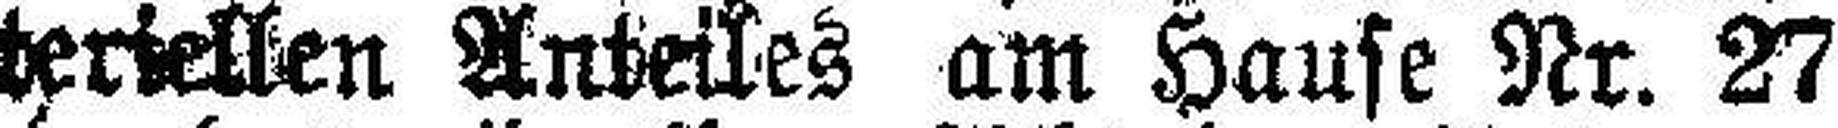
steigerung des materiellen Anteiles am Hause Nr. 27